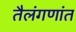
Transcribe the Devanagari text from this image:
तैलंगणांत